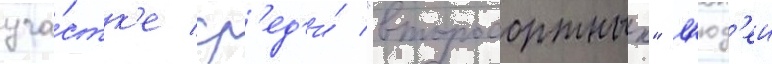
уча́стк'е ср'ед'и́ "второсортных" л'юд'еи